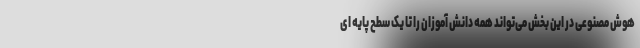
هوش مصنوعی در این بخش می‌تواند همه دانش آموزان را تا یک سطح پایه ای